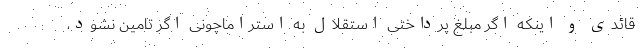
قائدی و اینکه اگر مبلغ پرداختی استقلال به استراماچونی اگر تامین نشود،